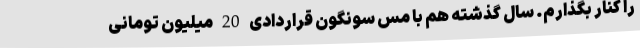
را کنار بگذارم. سال گذشته هم با مس سونگون قراردادی 20 میلیون تومانی